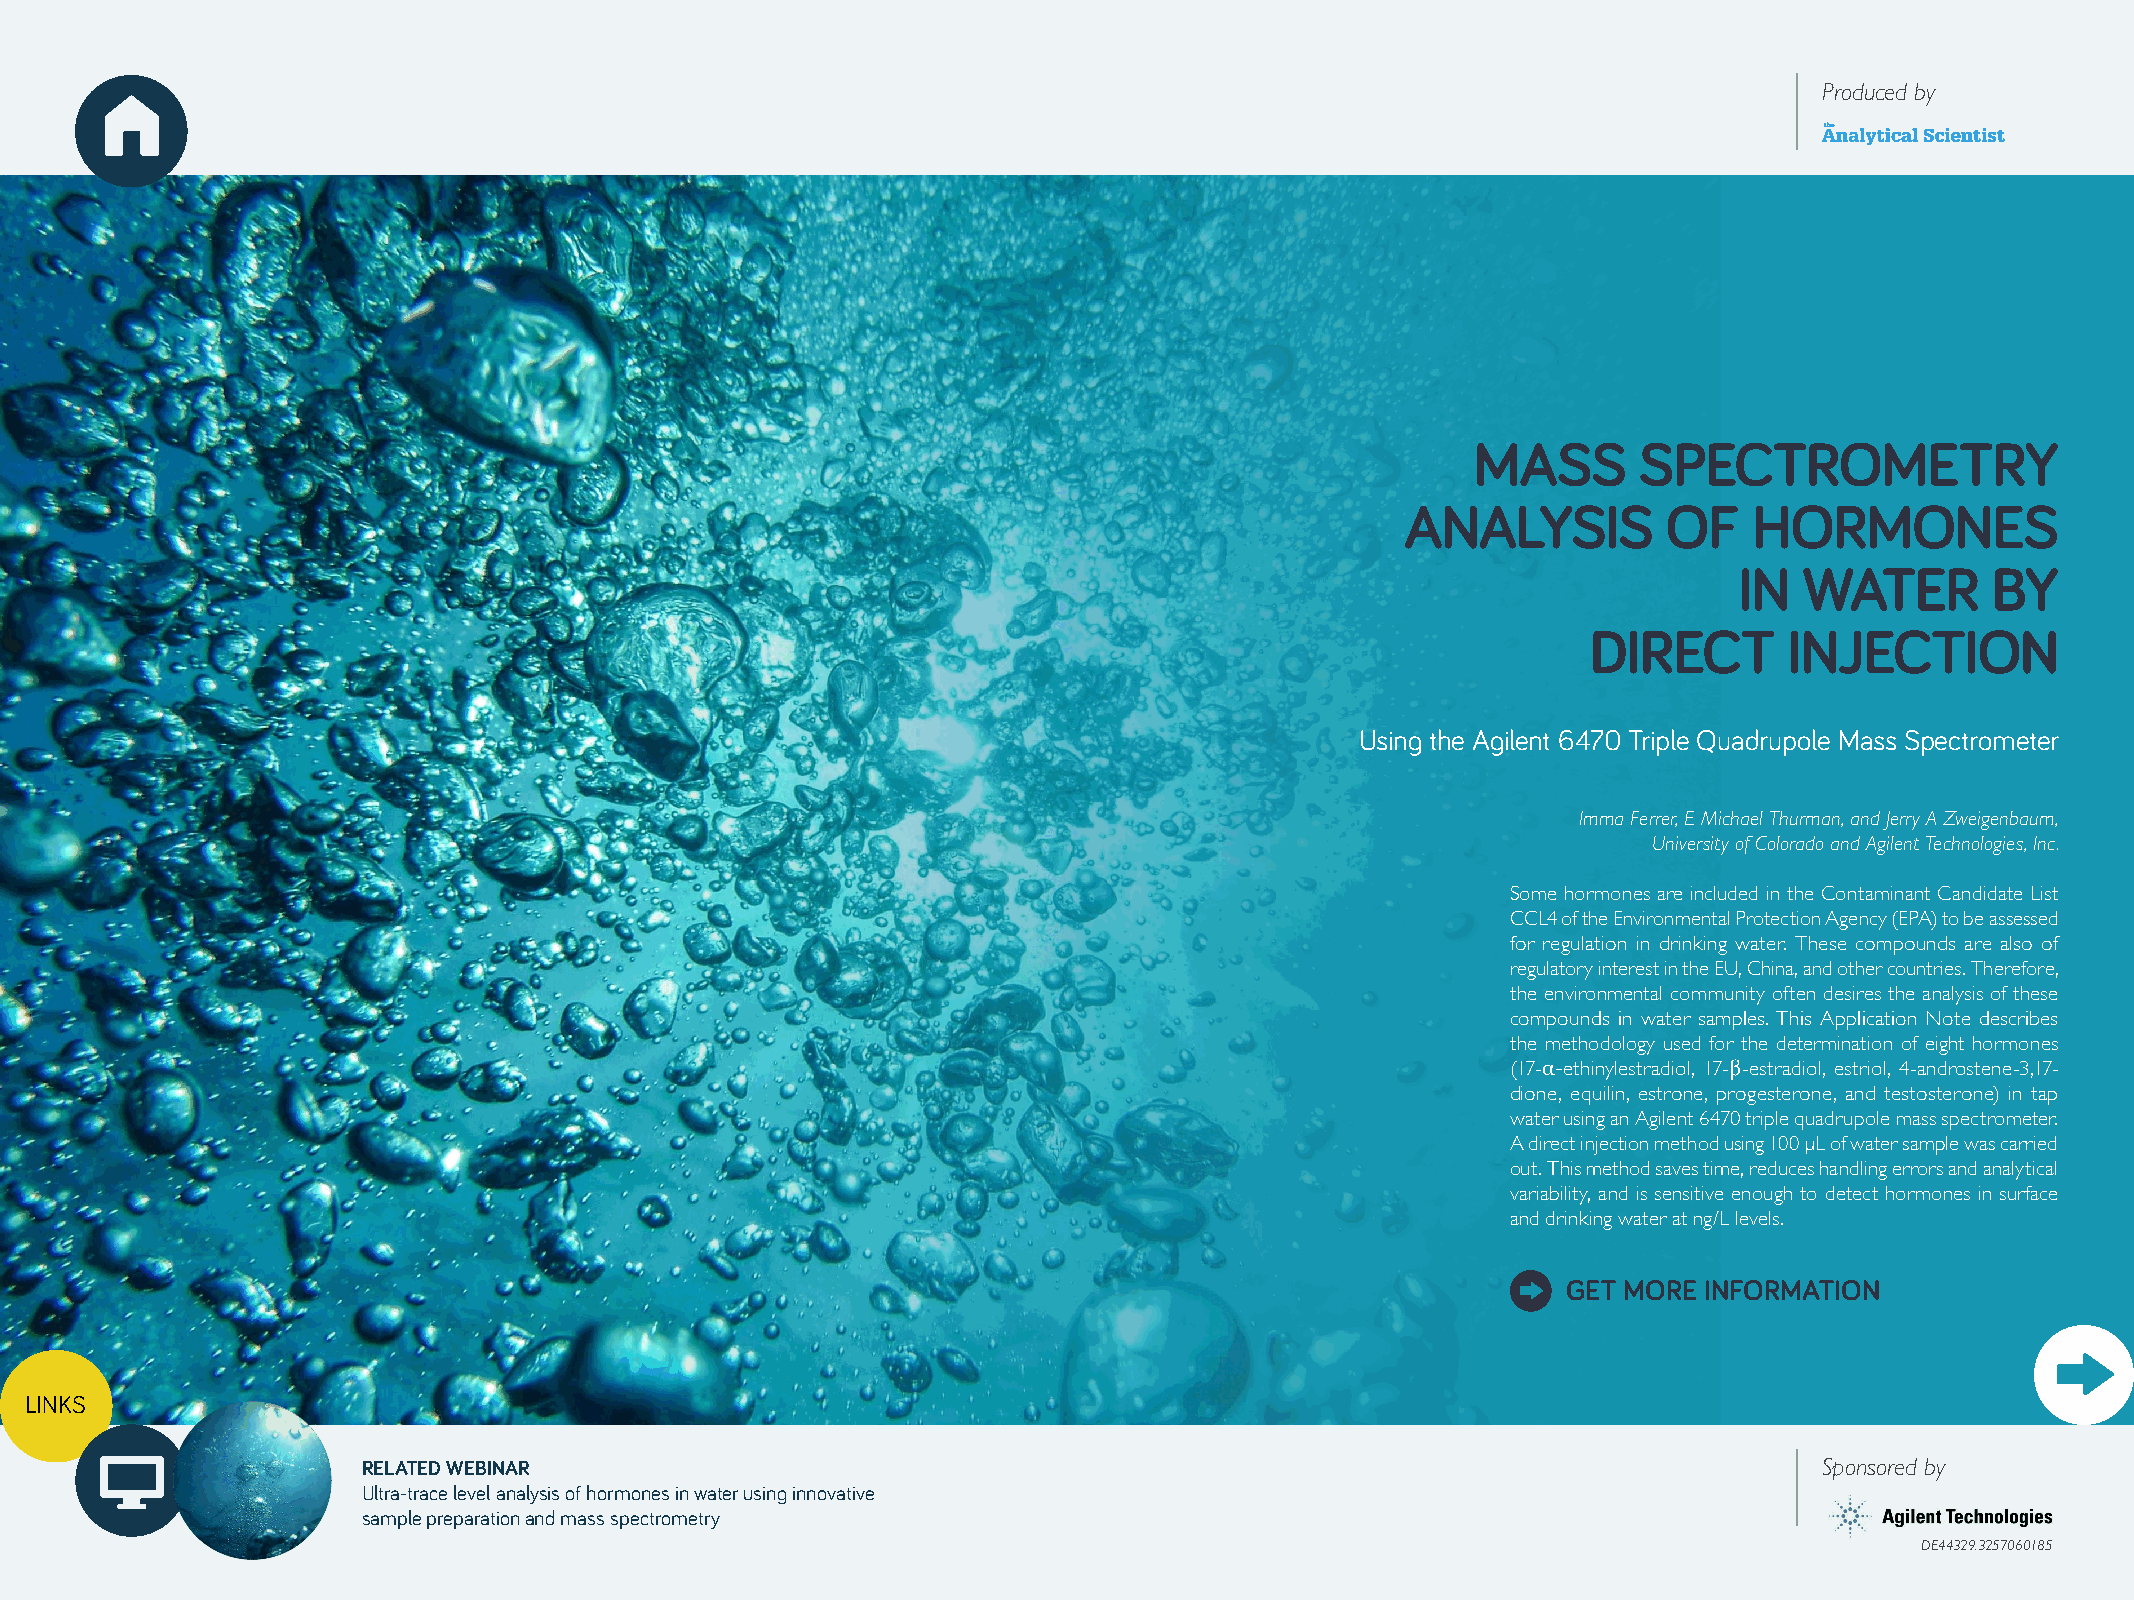
Produced by
 MASS      SPECTROMETRY
 ANALYSIS         OF    HORMONES
 IN  WATER        BY
 DIRECT       INJECTION
 Using the Agilent 6470 Triple Quadrupole Mass Spectrometer
 Imma Ferrer, E Michael Thurman, and Jerry A Zweigenbaum,
 University of Colorado and Agilent Technologies, Inc.
 Some hormones are included in the Contaminant Candidate List
 CCL4 of the Environmental Protection Agency (EPA) to be assessed
 for regulation in drinking water. These compounds are also of
 regulatory interest in the EU, China, and other countries. Therefore,
 the environmental community often desires the analysis of these
 compounds in water samples. This Application Note describes
 the methodology used for the determination of eight hormones
 (17-α-ethinylestradiol, 17-β-estradiol, estriol, 4-androstene-3,17-
 dione, equilin, estrone, progesterone, and testosterone) in tap
 water using an Agilent 6470 triple quadrupole mass spectrometer.
 A direct injection method using 100 µL of water sample was carried
 out. This method saves time, reduces handling errors and analytical
 variability, and is sensitive enough to detect hormones in surface
 and drinking water at ng/L levels.
 GET MORE INFORMATION
 LINKS
 RELATED WEBINAR                                                                                  Sponsored by
 Ultra-trace level analysis of hormones in water using innovative
 sample preparation and mass spectrometry
 DE44329.3257060185